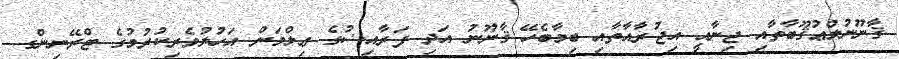
ޤާނޫނުލްޢުޤޫބާތާއި ޖިނާއީ އިޖުރާއާތާއި ބިމާބެހޭ ޤާނޫނު އަދި ފަރާއިޟުގެ ޢިލްމަށް އަހުލުވެރިކުރުމުގެ ޓްރޭނިންގ